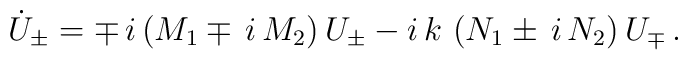
\dot{U}_\pm = \mp \, i \left( M_1 \mp \, i \, M_2 \right) U_\pm- i \, k \, \left( N_1 \pm \, i \, N_2 \right) U_\mp \,.